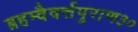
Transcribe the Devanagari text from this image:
ब्रहम्वैवर्त्तपुराण३०